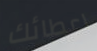
اعطائك